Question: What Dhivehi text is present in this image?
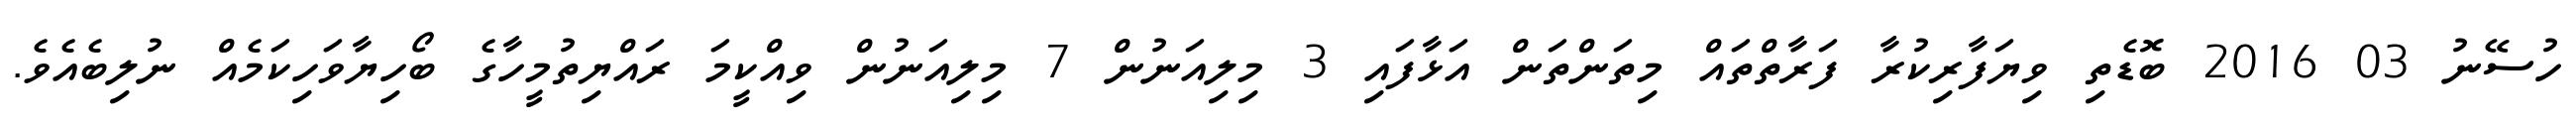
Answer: ހުސޭނު 03 2016 ބޮޑެތި ވިޔަފާރިކުރާ ފަރާތްތައް މިތަންތަން އަޅާފައި 3 މިލިއަނުން 7 މިލިއަނުން ވިއްކީމަ ރައްޔިތުމީހާގެ ބޯހިޔާވަހިކަމެއް ނުލިބެއެވެ.